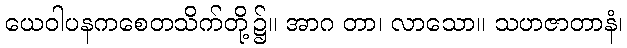
ယေဝါပနကစေတသိက်တို့၌။ အာဂ တာ၊ လာသော။ သဟဇာတာနံ၊